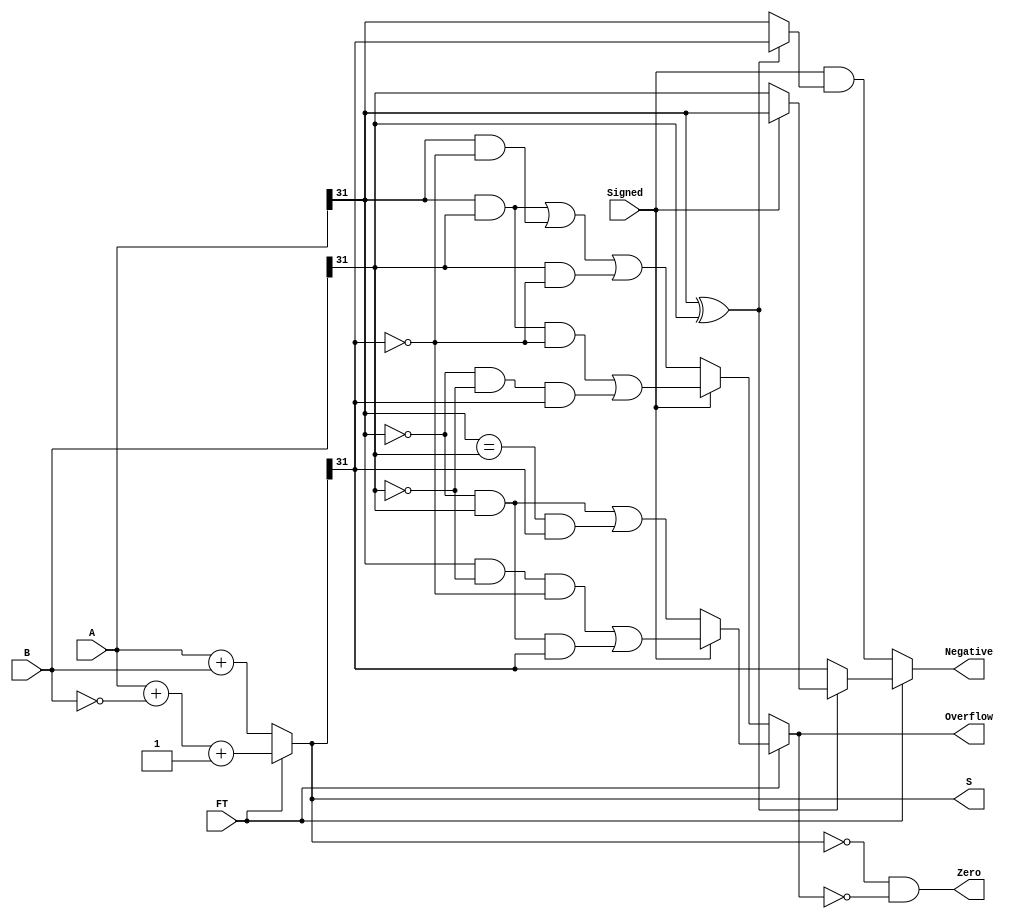
module Arith(
    input wire[31:0] A,
    input wire[31:0] B,
    input wire FT,
    input wire Signed,
    output wire[31:0] S,
    output wire Zero,
    output wire Overflow,
    output wire Negative
);

	assign S=FT?(A+(~B)+1):(A+B);
	assign Zero=(S == 0) & ~Overflow;
	assign Overflow=FT?((Signed?(
        (A[31]&~B[31]&~S[31])|(~A[31]&B[31]&S[31])):
		((~A[31]&B[31])|((A[31]==B[31])&S[31])))):
		(Signed ? ((A[31]&B[31]&~S[31])|(~A[31]&~B[31]&S[31])):
		((A[31]&B[31])|(A[31]&~S[31])|(B[31]&~S[31])));
	assign Negative=FT?( (A[31]^B[31]) ? (Signed?A[31]:B[31]) : S[31]):
	(Signed & ((A[31]^B[31]) ?S[31]:A[31]) );
    
endmodule